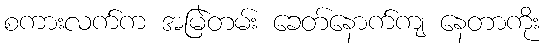
စကားလက်က အမြဲတမ်း ခေတ်နောက်ကျ နေတာကိုး